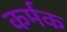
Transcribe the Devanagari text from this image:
कर्मक